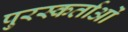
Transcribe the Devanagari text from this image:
पुरस्कर्ताओं